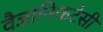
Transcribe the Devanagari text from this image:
वैज्ञानिकटेसी